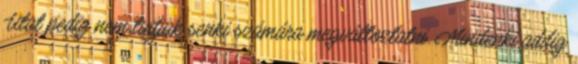
Utat pedig nem tudjuk senki számára megváltoztatni. Mindenki addig